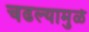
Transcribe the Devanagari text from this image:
चढल्यामुळे